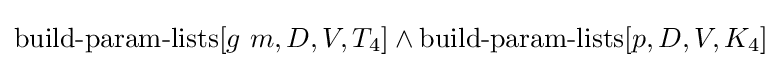
\operatorname {build-param-lists} [g\ m,D,V,T_{4}]\land \operatorname {build-param-lists} [p,D,V,K_{4}]